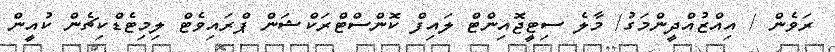
ރަވެން / އިއްޒުއްދީންމަގު/ މާލެ ސިޓީޖޮއިންޓް ލައިފް ކޮންސްޓްރަކްޝަން ޕްރައިވެޓް ލިމިޓެޑްކިޗެން ކުއީން